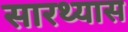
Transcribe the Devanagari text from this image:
सारथ्यास